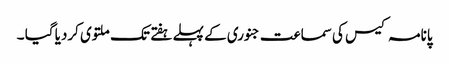
پانامہ کیس کی سماعت جنوری کے پہلے ہفتے تک ملتوی کردیا گیا ۔